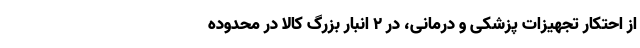
از احتکار تجهیزات پزشکی و درمانی، در ۲ انبار بزرگ کالا در محدوده